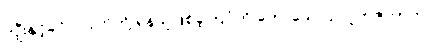
ကျီးနှင့်ခင်ပုပ်ငှက်တို့ ရန်သူဖြစ်ခဲ့ကြပုံကို ဟောသော ဥလူကဇာတက